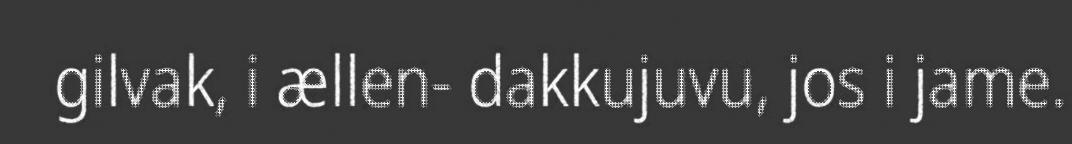
gilvak, i ællen- dakkujuvu, jos i jame.